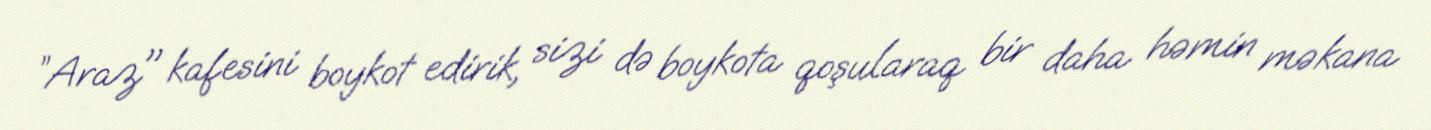
”Araz" kafesini boykot edirik, sizi də boykota qoşularaq bir daha həmin məkana